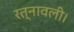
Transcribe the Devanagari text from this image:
रत्नावली।